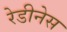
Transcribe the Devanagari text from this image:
रेडीनेस